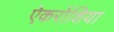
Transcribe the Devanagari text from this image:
ऐकरोंशिया